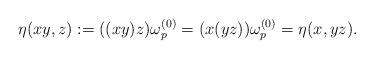
LaTeX: \begin{align*}\eta(xy,z):=((xy)z)\omega^{(0)}_p=(x(yz))\omega^{(0)}_p=\eta(x,yz).\end{align*}